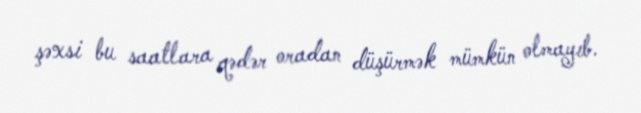
şəxsi bu saatlara qədər oradan düşürmək mümkün olmayıb.